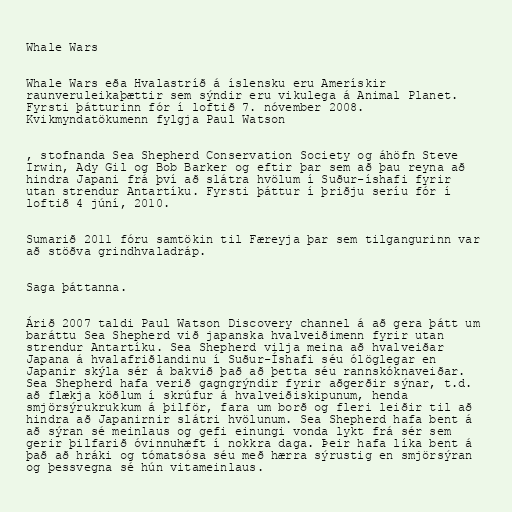
Whale Wars

Whale Wars eða Hvalastríð á íslensku eru Amerískir
raunveruleikaþættir sem sýndir eru vikulega á Animal Planet.
Fyrsti þátturinn fór í loftið 7. nóvember 2008.
Kvikmyndatökumenn fylgja Paul Watson

, stofnanda Sea Shepherd Conservation Society og áhöfn Steve
Irwin, Ady Gil og Bob Barker og eftir þar sem að þau reyna að
hindra Japani frá því að slátra hvölum í Suður-íshafi fyrir
utan strendur Antartíku. Fyrsti þáttur í þriðju seríu fór í
loftið 4 júní, 2010.

Sumarið 2011 fóru samtökin til Færeyja þar sem tilgangurinn var
að stöðva grindhvaladráp.

Saga þáttanna.

Árið 2007 taldi Paul Watson Discovery channel á að gera þátt um
baráttu Sea Shepherd við japanska hvalveiðimenn fyrir utan
strendur Antartíku. Sea Shepherd vilja meina að hvalveiðar
Japana á hvalafriðlandinu í Suður-Íshafi séu ólöglegar en
Japanir skýla sér á bakvið það að þetta séu rannskóknaveiðar.
Sea Shepherd hafa verið gagngrýndir fyrir aðgerðir sýnar, t.d.
að flækja köðlum í skrúfur á hvalveiðiskipunum, henda
smjörsýrukrukkum á þilför, fara um borð og fleri leiðir til að
hindra að Japanirnir slátri hvölunum. Sea Shepherd hafa bent á
að sýran sé meinlaus og gefi einungi vonda lykt frá sér sem
gerir þilfarið óvinnuhæft í nokkra daga. Þeir hafa líka bent á
það að hráki og tómatsósa séu með hærra sýrustig en smjörsýran
og þessvegna sé hún vitameinlaus.